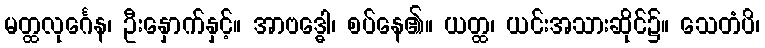
မတ္ထလုင်္ဂေန၊ ဦးနှောက်နှင့်။ အာဗဒ္ဓေါ၊ စပ်နေ၏။ ယတ္ထ၊ ယင်းအသားဆိုင်၌။ သေတံပိ၊